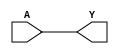
module CLKBUF3 (A, Y);
input  A ;
output Y ;

   buf (Y, A);

   specify
     // delay parameters
     specparam
       tpllh$A$Y = 0.49:0.49:0.49,
       tphhl$A$Y = 0.5:0.5:0.5;

     // path delays
     (A *> Y) = (tpllh$A$Y, tphhl$A$Y);

   endspecify

endmodule